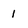
Character: 1